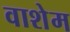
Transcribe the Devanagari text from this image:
वाशेम